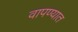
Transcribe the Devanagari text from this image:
वापण्यात